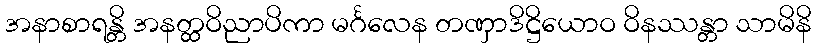
အနာစာရန္တိ အနတ္ထဝိညာပိကာ မင်္ဂလေန တဏှာဒိဋ္ဌိယောဝ ဝိနဿန္တာ သာမိနိ